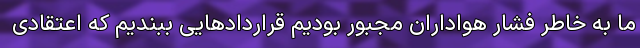
ما به خاطر فشار هواداران مجبور بودیم قراردادهایی ببندیم که اعتقادی